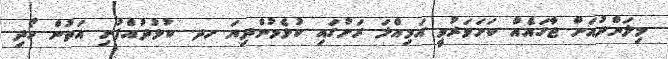
މިލަންދުއަށް ޖާގައެއް ކަށަވަރުވީ އަމިއްލަ ރަށުގައި ކުޅެމުންދިޔަ ހދ. ކުޅުދުއްފުށި އަތުން ހޯދި